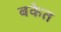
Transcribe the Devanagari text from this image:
बकेत